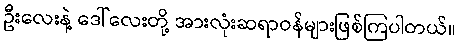
ဦးလေးနဲ့ ဒေါ်လေးတို့ အားလုံးဆရာဝန်များဖြစ်ကြပါတယ်။